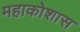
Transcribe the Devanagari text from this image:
महाकोशास